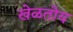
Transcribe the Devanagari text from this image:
खेळतोय